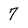
Character: 7